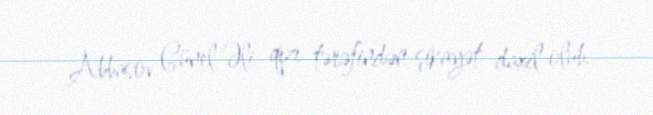
Abbasov Günel Əli qızı tərəfindən şikayət daxil olub.